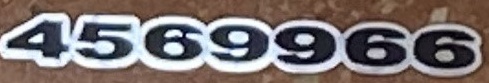
4569966